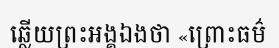
ឆ្លើយព្រះអង្គឯងថា «ព្រោះធម៌